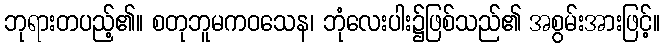
ဘုရားတပည့်၏။ စတုဘူမကဝသေန၊ ဘုံလေးပါး၌ဖြစ်သည်၏ အစွမ်းအားဖြင့်။